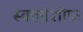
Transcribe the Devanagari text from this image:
स्क्लोशौफ